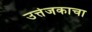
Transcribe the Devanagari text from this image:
उत्तेजकाचा